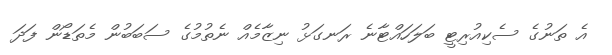
އެ ތަނުގެ ސެކިއުރިޓީ ބަލަހައްޓާނެ ރަނގަޅު ނިޒާމެއް ނެތުމުގެ ސަބަބުން މެތަޑޯން ފަދަ